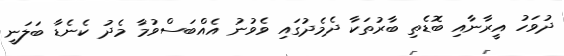
ދުވަހު އީރާނާއި ބޮޑެތި ބާރުތަކާ ދެމެދުގައި ވެވުނު އެއްބަސްވުމާ މެދު ކެނެޑާ ބަލަނީ